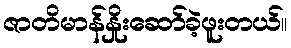
ဇာတိမာန်နှိုးဆော်ခဲ့ဖူးတယ်။